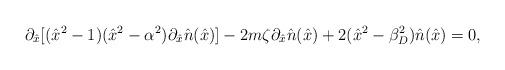
LaTeX: \begin{align*}\partial_{\hat{x}}[(\hat{x}^2 -1)(\hat{x}^2-\alpha^2)\partial_{\hat{x}} \hat{n}(\hat{x})] -2m\zeta \partial_{\hat{x}}\hat{n}(\hat{x}) + 2(\hat{x}^2 - \beta_D^2) \hat{n}(\hat{x}) = 0, \end{align*}